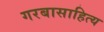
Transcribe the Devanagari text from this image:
गरबासाहित्य